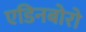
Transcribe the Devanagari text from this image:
एडिनबोरो